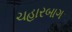
ચહારબાગ